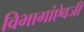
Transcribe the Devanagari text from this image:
विभागांऐवजी